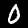
Label: 0